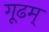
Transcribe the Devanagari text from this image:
गूढम्